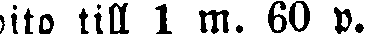
dito till 1 m. 60 p.